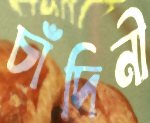
চাঁদিনী